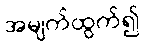
အမျက်ထွက်၍